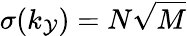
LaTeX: \sigma(k_{\mathcal{Y}})=N\sqrt{M}